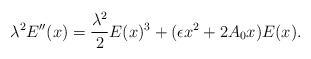
\begin{align*} \lambda^2 E''(x)=\frac{\lambda^2}{2}E(x)^3+(\epsilon x^2+2A_0x)E(x).\end{align*}